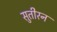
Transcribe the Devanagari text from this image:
सुतीरन